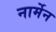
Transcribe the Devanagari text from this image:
नार्मेन